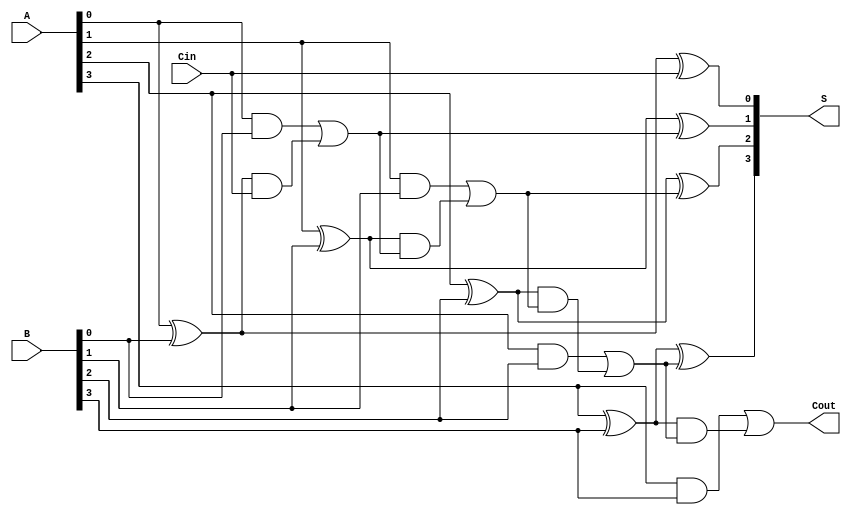
module LingAdder #(parameter n = 4) (
    input  [n-1:0] A,      // n-bit input A
    input  [n-1:0] B,      // n-bit input B
    input         Cin,      // Carry-in
    output [n-1:0] S,      // n-bit sum output
    output        Cout      // Carry-out
);

    wire [n-1:0] G;        // Generate signals
    wire [n-1:0] P;        // Propagate signals
    wire [n:0] C;          // Carry signals (C[0] = Cin)

    // Generate and Propagate calculations
    genvar i;
    generate
        for (i = 0; i < n; i = i + 1) begin : gen_prop
            assign G[i] = A[i] & B[i];           // Generate
            assign P[i] = A[i] ^ B[i];           // Propagate
        end
    endgenerate
    
    // Carry calculations
    assign C[0] = Cin; // Initial carry input
    generate
        for (i = 0; i < n; i = i + 1) begin : carry_calc
            assign C[i + 1] = G[i] | (P[i] & C[i]); // Carry generation
        end
    endgenerate

    // Sum calculations
    generate
        for (i = 0; i < n; i = i + 1) begin : sum_calc
            assign S[i] = P[i] ^ C[i]; // Sum bit calculation
        end
    endgenerate

    assign Cout = C[n]; // Final carry-out

endmodule